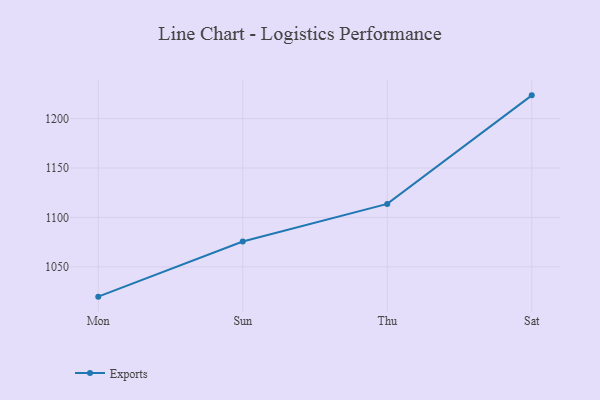
{"axis": {"x": "Day", "y": "Backlog"}, "legend": ["Exports"], "data": [{"x": "Mon", "y": 1019.9, "type": "Exports"}, {"x": "Sun", "y": 1075.7, "type": "Exports"}, {"x": "Thu", "y": 1113.7, "type": "Exports"}, {"x": "Sat", "y": 1223.5, "type": "Exports"}]}